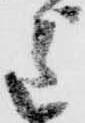
主